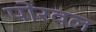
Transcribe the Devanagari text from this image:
पोरवल